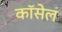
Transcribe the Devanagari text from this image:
कॉसेल